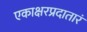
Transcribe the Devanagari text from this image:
एकाक्षरप्रदातारं